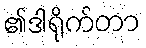
၏ဒါရိုက်တာ